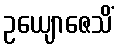
ဥယျောဇေသိံ